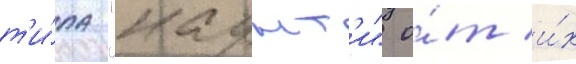
т'и́па "каунт'и" о́т и́х